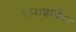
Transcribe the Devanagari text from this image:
स्पाइकिंग